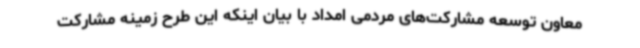
معاون توسعه مشارکت‌های مردمی امداد با بیان اینکه این طرح زمینه مشارکت